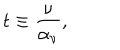
t \equiv { \frac { \nu } { \alpha _ { \nu } } } ,